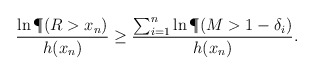
\begin{align*}\frac{\ln\P(R>x_n)}{h(x_n)}\geq \frac{\sum_{i=1}^n \ln\P(M>1-\delta_i)}{h(x_{n})}.\end{align*}